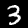
Digit: 3